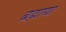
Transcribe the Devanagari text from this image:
ब्रह्माद्या